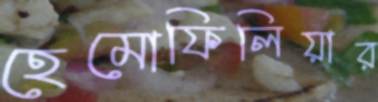
হেমোফিলিয়ার